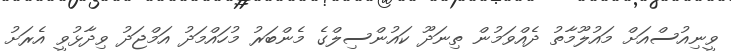
ވީނިއުސްއަށް މައުލޫމާތު ދެއްވަމުން ތިނަދޫ ކައުންސިލްގެ މެންބަރު މުހައްމަދު އަމްޖަދު ވިދާޅުވީ އެރަށު